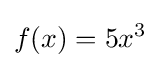
f(x)=5x^{3}